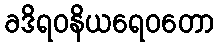
ခဒိရဝနိယရေဝတော